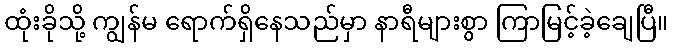
ထုံးခိုသို့ ကျွန်မ ရောက်ရှိနေသည်မှာ နာရီများစွာ ကြာမြင့်ခဲ့ချေပြီ။